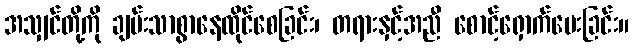
အသျှင်တို့ကို ချမ်းသာစွာနေထိုင်စေခြင်း၊ တရားနှင့်အညီ စောင့်ရှောက်ပေးခြင်း။